Memorandum on the prevention of leprosy by segregation of the affected
Disease focus: Leprosy
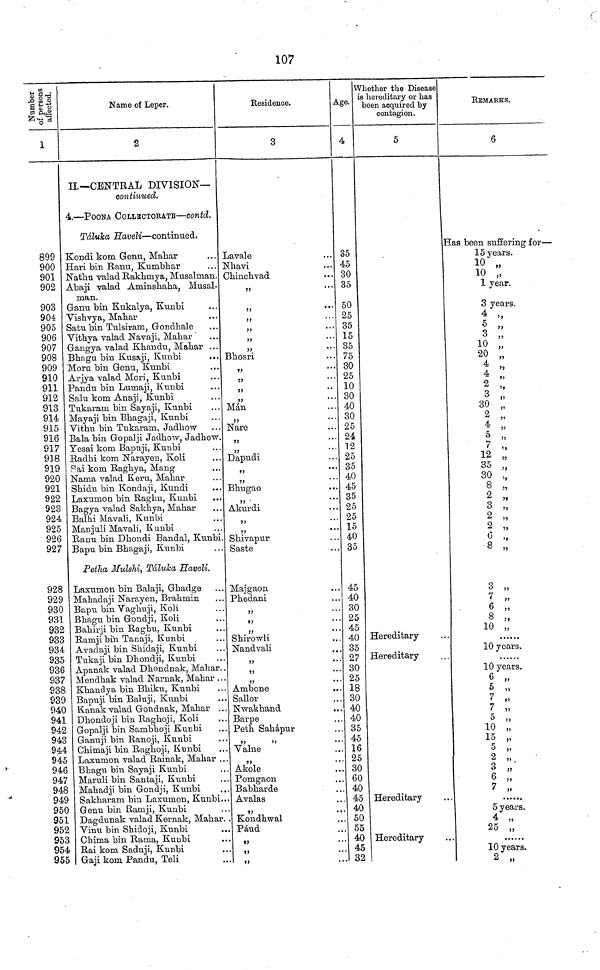
107
CO
1
899
900
901
902
903
904
905
906
907
908
909
910
911
912
913
914
915
916
917
918
919
920
921
922
923
924
925
926
927
928
929
930
931
932
933
934
935
936
937
938
939
940
941
942
943
944
945
946
947
948
949
950
951
952
953
954
955
Name of Leper.
2
IL—CENTRAL DIVISION—
continued.
4.—POONA COLLBCTORATE—contd.
Táluka Haveli—continued.
Kondi kom Genu, Mahar
Hari bin Ranu, Kumbhar
Nathu valad Rakhmya, Musalman.
Abaji valad Aminshaha, Musal-
man.
Ganu bin Kukalya, Kunbi
Vishvya, Mahar
Satu bin Tulsiram, Gondhale
Vithya valad Navaji, Mahar
Gangya valad Khandu, Mahar ...
Bhaga bin Kusaji, Kunbi
Moru bin Genu, Kunbi
Arjya valad Mori, Kunbi
Pandu bin Lumaji, Kunbi
Salu kom Anaji, Kunbi
Tukarani bin Sayaji, Kunbi
Mayaji bin Bhagaji, Kunbi
Vithu bin Tukarani, Jadhow
Bala bin Gopalji Jadhow, Jadhow.
Yesai kom Bapuji, Kunbi
Radhi kom Narayen, Koli
Sai kom Raghya, Mang
Nama valad Keru, Mahar
Shidu bin Kondaji, Kundi
Laxumon bin Raghu, Kunbi
Bagya valad Sakhya, Mahar
Balhi Mavali, Kunbi
Manjuli Mavali, Kunbi
Ranu bin Dhondi Bandai, Kunbi
Bapu bin Bhagaji, Kunbi
Petha Mulshi, Táluka Haveli.
Laxumon bin Balaji, Ghadge
Mahadaji Narayen, Brahmin
Bapu bin Vaghuji, Koli
Bhagu bin Goudji, Koli
Bahirji bin Raghu, Kunbi
Ranrjibi'n Tanaji, Kunbi
Avadaji bin Shidaji, Kunbi
Tukaji bin Dhondji, Kunbi
Apanak valad Dhondnak, Mahar.
Mendhak valad Narnak, Mahar ..
Khandya bin Bhiku, Kunbi
Bapuji bin Baluji, Kunbi
Kanak valad Gondnak, Mahar ..
Dhondoji bin Raghoji, Koli
Gopalji bin Sambhoji Kunbi
Ganuji bin Ranoji, Kunbi
Chimaji bin Raghoji, Kunbi
Laxumon valad Rainak, Mahar ..
Bhagu bin Sayaji Kunbi
Maruli bin Santaji, Kuubi
Mahadji bin Gondji, Kunbi
Sakharam bin Laxumon, Kunbi.
Genu bin Ramji, Kunbi
Dagdunak valad Kernak, Mahar.
Vinu bin Shidoji, Kunbi
Chima bin Rama, Kunbi
.
Rai kom Saduji, Kunbi
Gaji kom Pandu, Teli
Residence.
3
Javale
Nhavi
Chinchvad
Bhosri
Mán
Nare
Dapudi
Bhugao
Akurdi
Shivapur
Saste
Majgaon
Phedani
77
*
Shirowli
Nandvali
Ambone
Sailor
Nwakhand
Barpe
Peth Sahápur
Valne
Akole
Pomgaon
Babharde
Avalas
Kondhwal
Páud
Age.
4
35
45
. 30
. 35
. 50
. 25
. 35
• 15
• 35
• 75
. 30
. 25
10
. 30
. 40
. 30
. 25
. 24
. 12
. 25
. 35
. 40
. 45
. 35
. 25
. 25
. 15
. 40
. 35
. 45
.. 40
. 30
. 25
. 45
.. 40
.. 35
.. 27
. 30
.. 25
.. 18
. 30
. 40
.. 40
.. 35
.. 45
.. 16
.. 25
.. 30
.. 60
.. 40
.. 45
.. 40
.. 50
.. 55
.. 40
.. 45
32
Whether the Disease
is hereditary or has
been acquired by
contagion.
5
Hereditary
Hereditary
Hereditary
Hereditary
V
REMARKS.
6
Has been suffering for—
15 years.
10
10
1 year.
3 years.
3 ;;
10 „
20
4
4
2 ;
3
30
2 „
5 „
7 „
12
35
30 ,
8 2 ,
3
2
2 „
6
, f
8
3 „
7 „
6 „
8 „
10 „
10 years.
10 years.
6
5 „
7 „
7 „
5 „
10 „
15 „
5 „
2 „
3
6 „
5 years.
4 „
25 „
10 years.
2 „